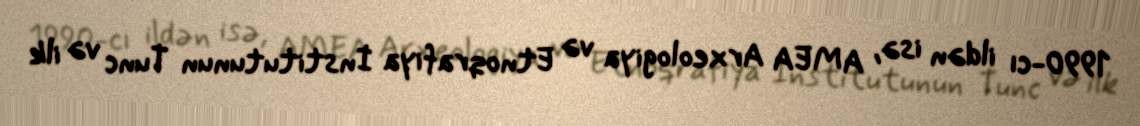
1990-cı ildən isə, AMEA Arxeologiya və Etnoqrafiya İnstitutunun Tunc və ilk